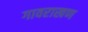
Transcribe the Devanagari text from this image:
गावराखण